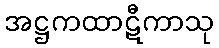
အဋ္ဌကထာဋီကာသု